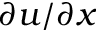
\partial u / \partial x